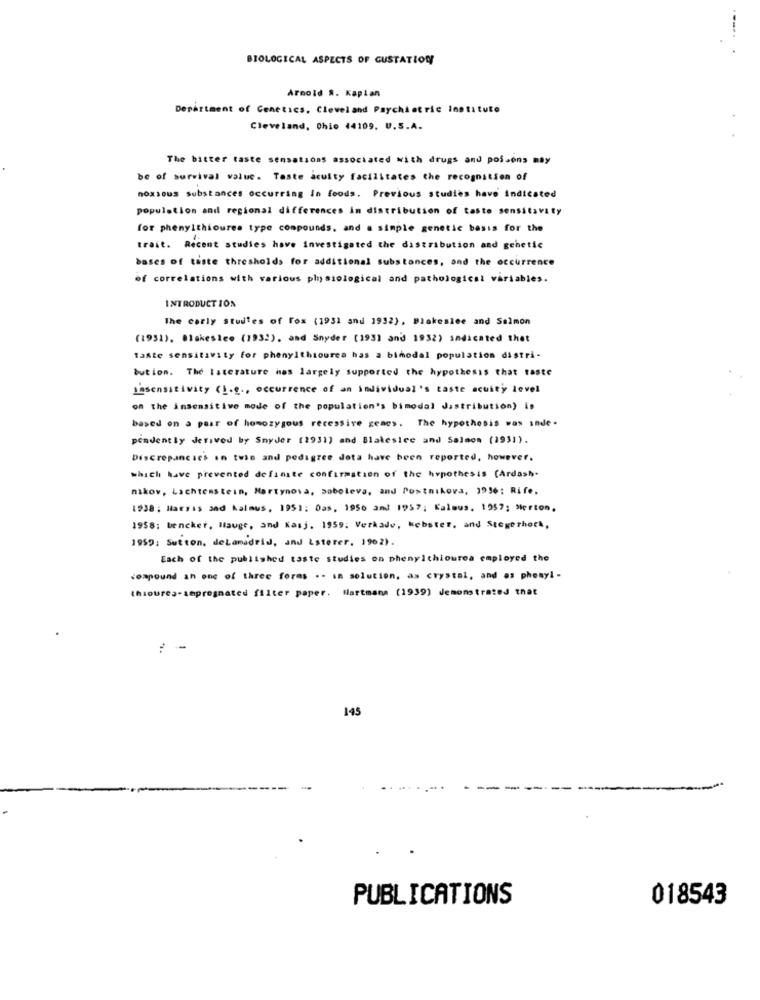
BIOLOGICAL ASPECTS OF GUSTATION
Arnold A. Kaplan
Department of Genetics, Cleveland Psychiatric Institute
Cleveland, Ohio 44109, U.S.A.
The bitter taste sensations associated with drugs and posions may
be of survival value. Taste acuity facilitates the recognition of
noxsous substances occurring in foods. Previous studies have Indicated
population and regional differences in distribution of taste sensitivity
for phenylthioures type compounds, and a simple genetic basis for the
trait. Recent studies have investigated the distribution and genetic
bases of taste thresholds for additional substances, and the occurrence
of correlations with various physiological and pathological variables.
INTRODUCTION
The carly studies of Fox (1931 and 1932), Blakeslee and Salmon
(1931). Blakesice (1932), and Snyder (193) and 1932) indicated that
tante sensitivity for phenylthiourea has a bimodal population distri-
bution. The literature was largely supported the hypothesis that taste
Lasensitivity (L.g ., occurrence of an Individual's taste acuity level
on the insensitive mode of the population's bimodal distribution) is
based on a pair of homozygous recessive genes. The hypothesis was inde .
pondently Jerived by Snyder (1931) and Blakesice and Salmon (1931).
Discrepancies in twin and pedigree dota have been reported, however.
which have prevented definite confirmation of the hypothesis (Ardash-
nikov, Lichtenstein, Martynosa, soboleva, and Postnikova, 1956: Rife.
1938 ; Harris and Kalmus, 1951: Das, 1956 and 1957; Kalmus. 1957; Merton,
1958; bencker, Hauge, and Kasj. 1959. Verkade, webster, and Stegerhork,
1959: Sutton, deLamadrid, and Lsterer, 1902).
Each of the published taste studies on phenylthiourea employed the
compound an one of three forms .- in solution, as crystal, and as phenyl -
thioures-impregnated filter paper. Hartmana (1939) demonstrated that
: --
145
PUBLICATIONS
018543